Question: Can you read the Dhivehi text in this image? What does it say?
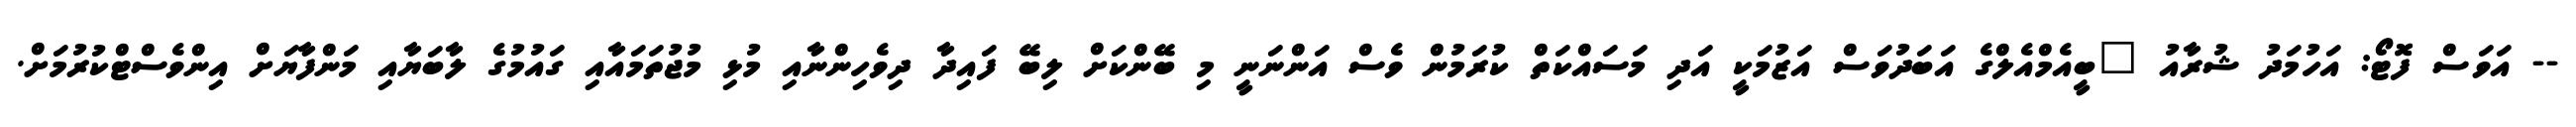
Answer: -- އަވަސް ފޮޓޯ: އަހުމަދު ޝުރާއު "ބީއެމްއެލްގެ އަބަދުވަސް އަޒުމަކީ އަދި މަސައްކަތް ކުރަމުން ވެސް އަންނަނީ މި ބޭންކަށް ލިބޭ ފައިދާ ދިވެހިންނާއި މުޅި މުޖުތަމައާއި ގައުމުގެ ލާބަޔާއި މަންފާޔަށް އިންވެސްޓްކުރުމަށް.